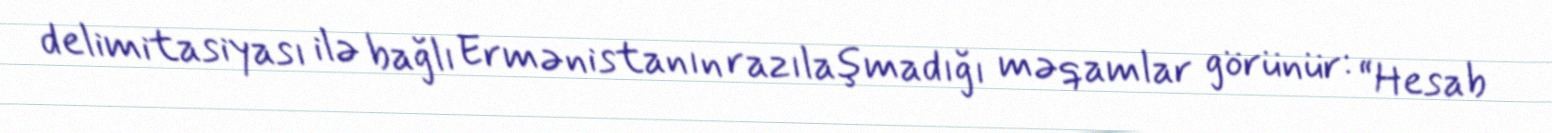
delimitasiyası ilə bağlı Ermənistanın razılaşmadığı məqamlar görünür: “Hesab